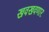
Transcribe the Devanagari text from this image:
खवखवणार